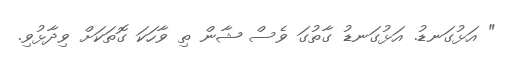
" އަޅުގަނޑު. އަޅުގަނޑު ގާތުގަ ވެސް ޝާން ތި ވާހަކަ ގޮތަކަށް ވިދާޅުވި.